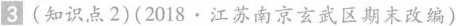
3.（知识点2）（2018·江苏南京三武区期来改编）